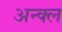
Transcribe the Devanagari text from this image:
अन्क्ल